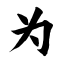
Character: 为